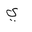
Letter: _ya